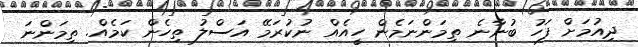
ދިއުމަށް ފަހު ބުނާނެ ތިމަންނަމެން ހީއެއް ނުކުރަމޭ އަސްލު ތިހެން ކަމެއް. ތިމަންނަ